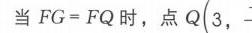
当\(FG = FQ\)时，点\(Q(3,-\)